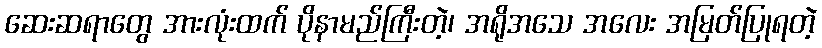
ဆေးဆရာတွေ အားလုံးထက် ပိုနာမည်ကြီးတဲ့၊ အရိုအသေ အလေး အမြတ်ပြုရတဲ့